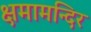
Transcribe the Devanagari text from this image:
क्षमामन्दिर